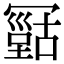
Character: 𠖠